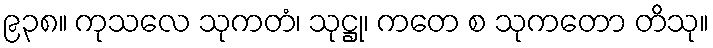
၉၃၈။ ကုသလေ သုကတံ၊ သုဋ္ဌု၊ ကတေ စ သုကတော တိသု။